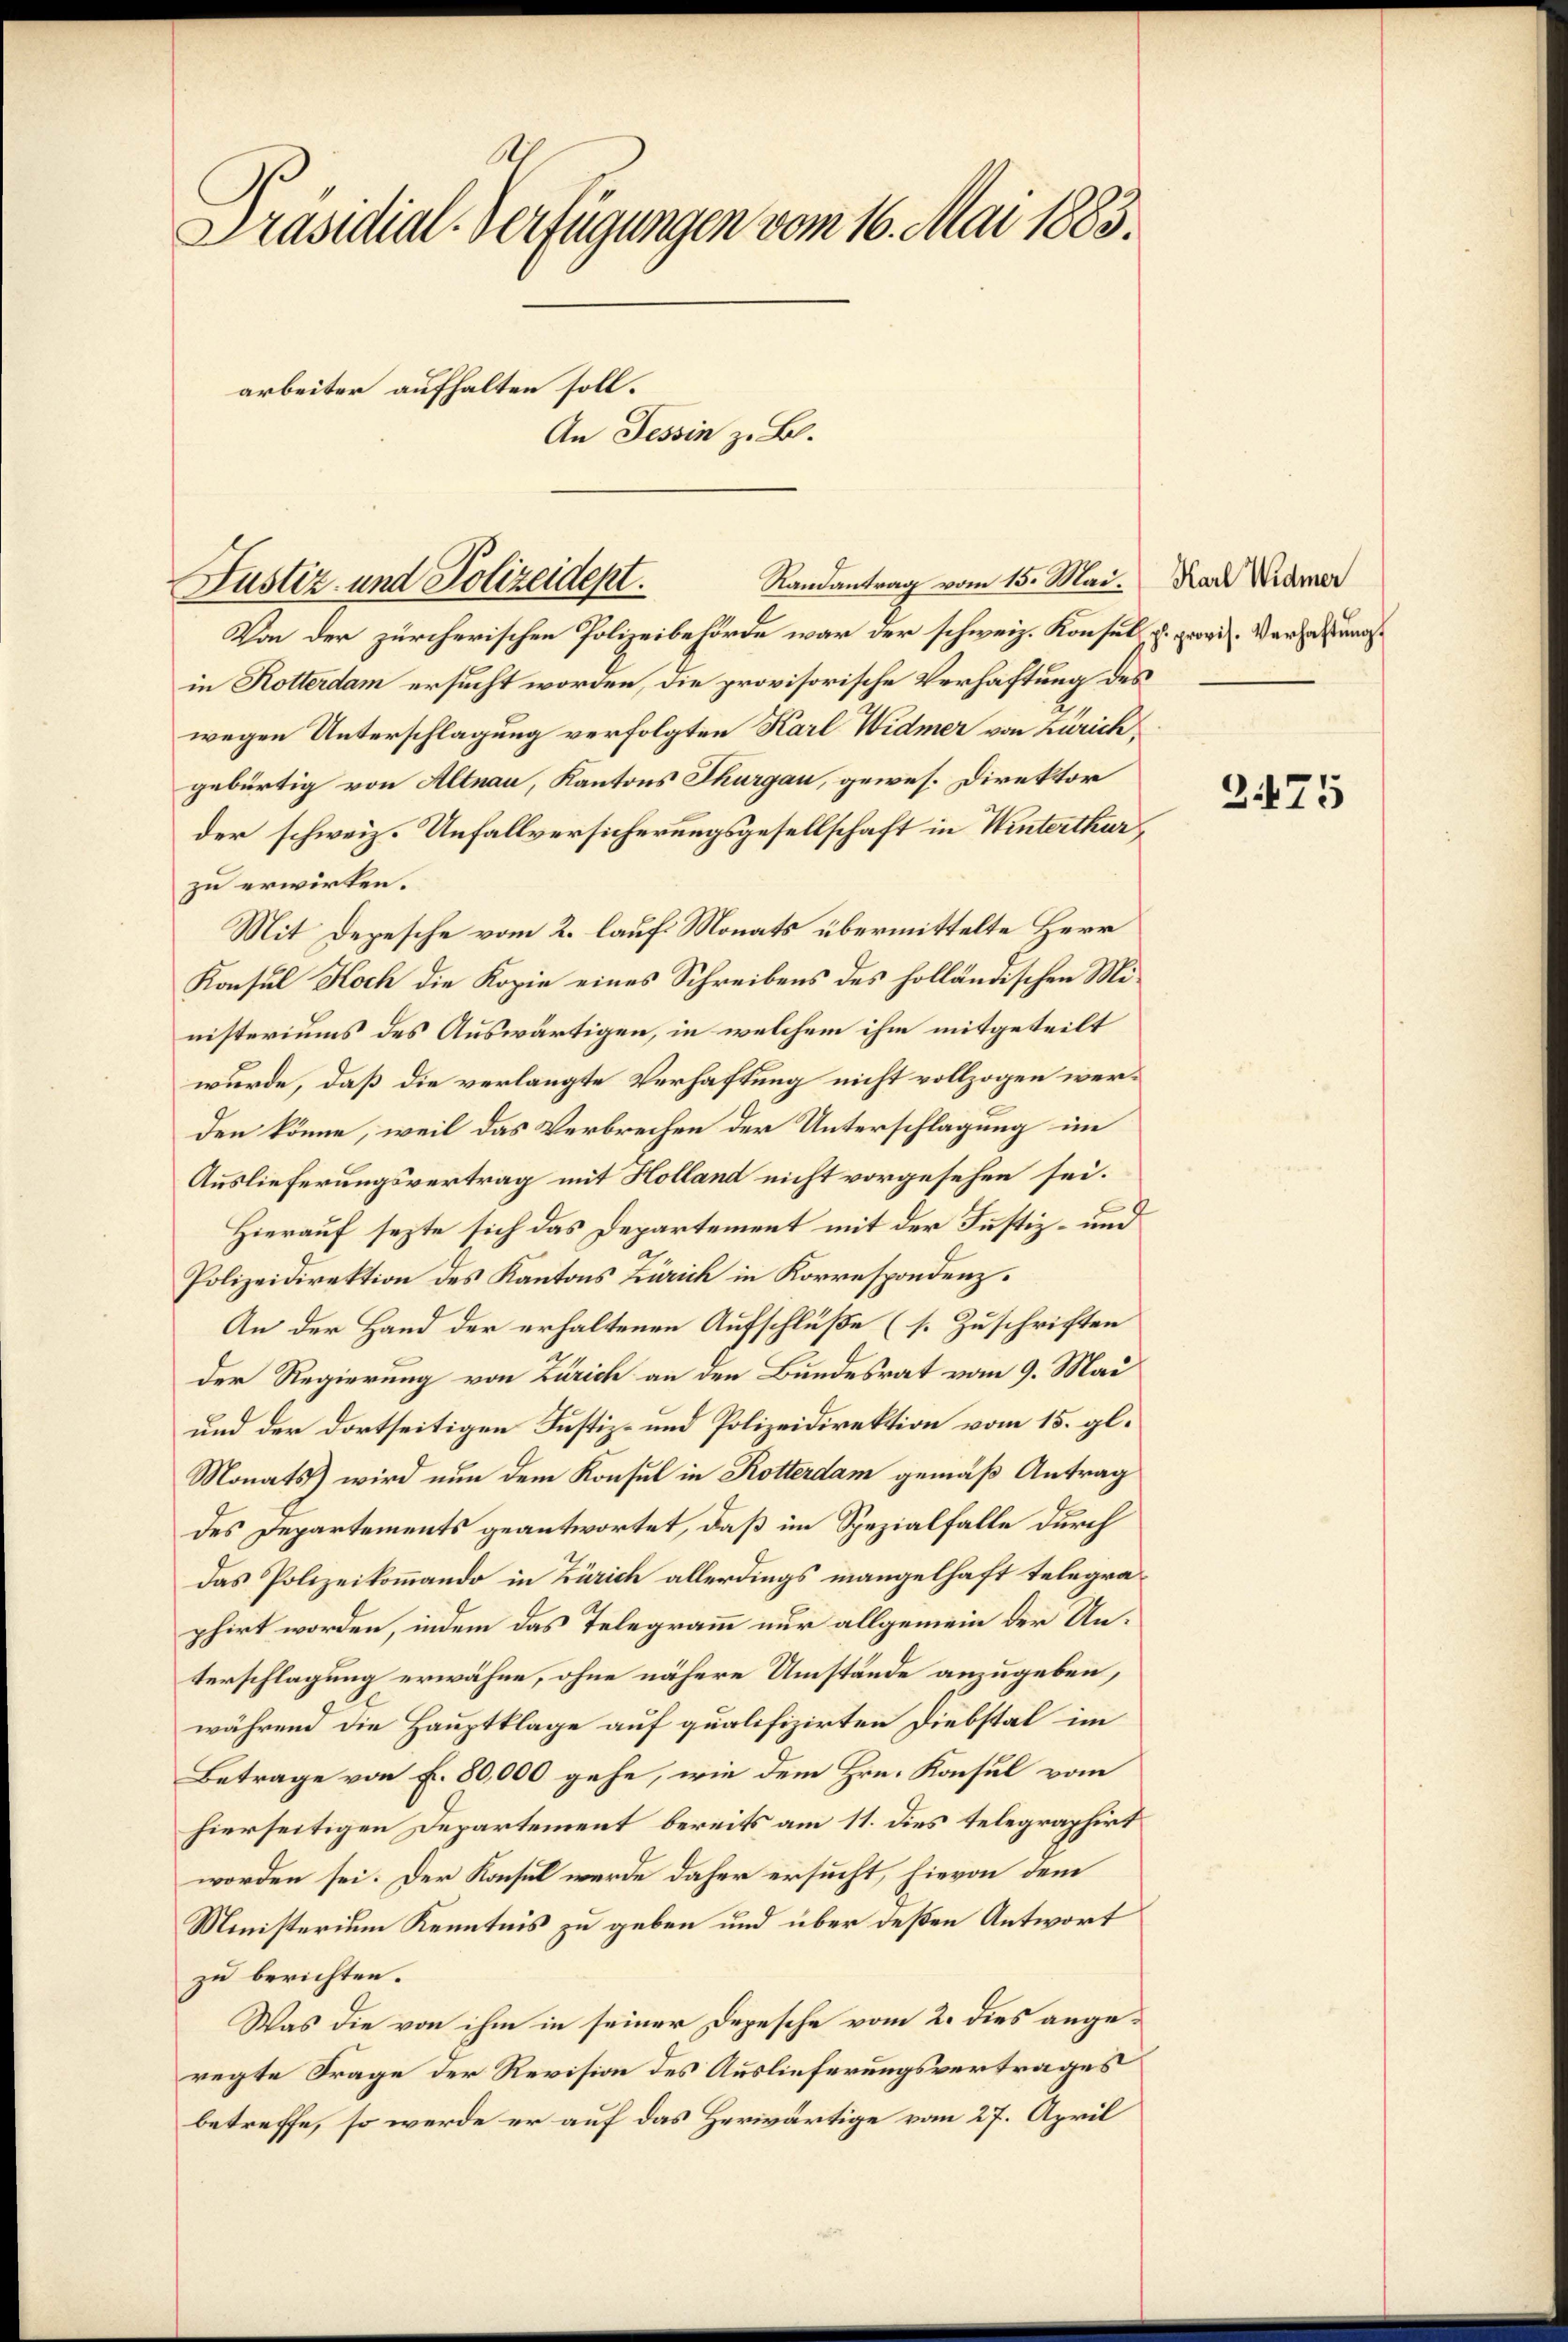
Präsidial-Verfügungen vom 16. Mai 1883.
arbeiter aufhalten soll.
An Tessin z. B.

Von der zürcherischen Polizeibehörde war der schweiz. Konsul, u. provis. Verfassung
in Kotterdam ersucht worden, die provisorische Verhaftung des
wegen Unterschlagung verfolgten Karl Widmer von Zürich,
gebürtig von Altnau, Kantons Thurgau, gewes. Direktor
der schweiz. Unfallversicherungsgesellschaft in Winterthur
zu erwirken.
Mit Depesche vom 2. laufs Monats übermittelte Herr
Konsul Koch die Kopie eines Schreibens des holländischen Ministeriums des Auswärtigen, in welchem ihm mitgeteilt
wurde, daß die verlangte Verhaftung nicht vollzogen werden könne, weil das Verbrechen der Unterschlagung im
Auslieferungsvertrag mit Holland nicht vorgesehen sei.
Hierauf sezte sich das Departement mit der Justiz- und
Polizeidirektion des Kantons Zürich in Korrespondenz.
An der Hand der erhaltenen Aufschlüße (s. Zuschriften
der Regierung von Zürich an den Bundesrat vom 9. Mai
und der dortseitigen Justiz- und Polizeidirektion vom 15. gl.
Monats wird nun dem Konsul in Rotterdam gemäß Antrag
des Departements geantwortet, daß im Spezialfalle durch
das Polizeikommando in Zürich allerdings mangelhaft telegraphirt worden, indem das Telegramm nur allgemein der Unterschlagung erwähne, ohne nähere Umstände anzugeben,
während die Hauptklage auf qualifizirten Diebstal im
Betrage von F. 80,000 gehe, wie dem Hrn. Konsul vom
hierseitigen Departement bereits am 11. dies telegraphirt
worden sei. Der Konsul werde daher ersucht, hievon dem
Ministerium Kenntnis zu geben und über deßen Antwort
zu berichten.
Was die von ihm in seiner Depesche vom 2. dies angeregte Frage der Revision des Auslieferungsvertrages
betreffe, so werde er auf das Herwärtige vom 27. April

Justiz- und Polizeidept.

Randantrag vom 15. Mai.

Karl Widmer

2475